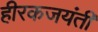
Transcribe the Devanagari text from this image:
हीरकजयंती